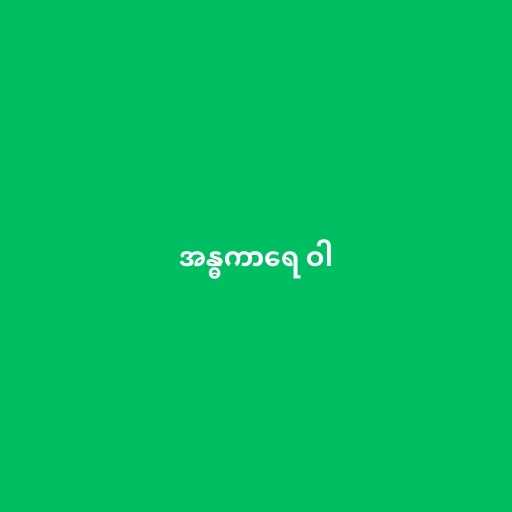
အန္ဓကာရေ ဝါ